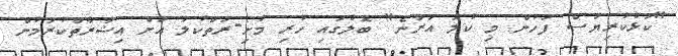
"ކަޅުކުރިޔަސް ފަހުން މި ކުލަ އަރާނެ" ބޮލުގައި ހުރި މުށި-ރަތްކުލަ އަށް އިޝާރާތްކުރަމުން